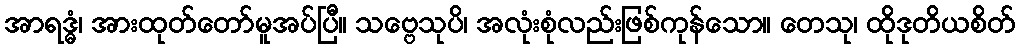
အာရဒ္ဓံ၊ အားထုတ်တော်မူအပ်ပြီ။ သဗ္ဗေသုပိ၊ အလုံးစုံလည်းဖြစ်ကုန်သော။ တေသု၊ ထိုဒုတိယစိတ်